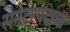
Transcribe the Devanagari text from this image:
सेनेटरपदाचा